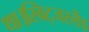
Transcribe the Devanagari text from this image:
था।स्विट्जरलैंड